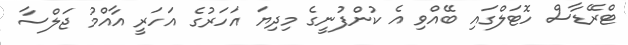
ޓްރޭޑާސް ހޮޓަލްގައި ބޭއްވި އެ ކުންފުނީގެ މިދިޔަ އަހަރުގެ އަހަރީ އާއްމު ޖަލްސާ